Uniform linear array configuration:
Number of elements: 8
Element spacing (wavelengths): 0.5
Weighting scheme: blackman
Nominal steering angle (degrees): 0
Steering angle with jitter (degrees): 1.42
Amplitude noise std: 0.05
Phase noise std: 0.05

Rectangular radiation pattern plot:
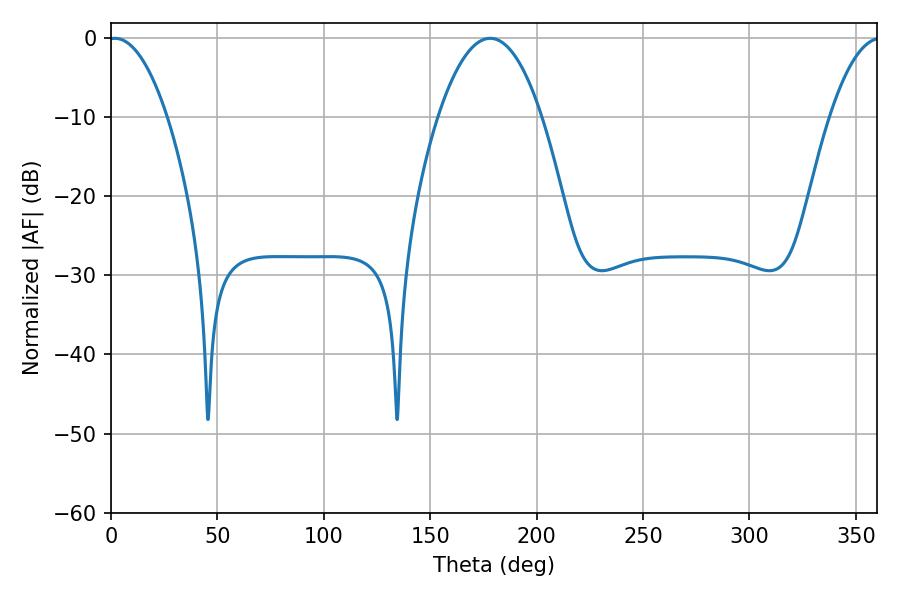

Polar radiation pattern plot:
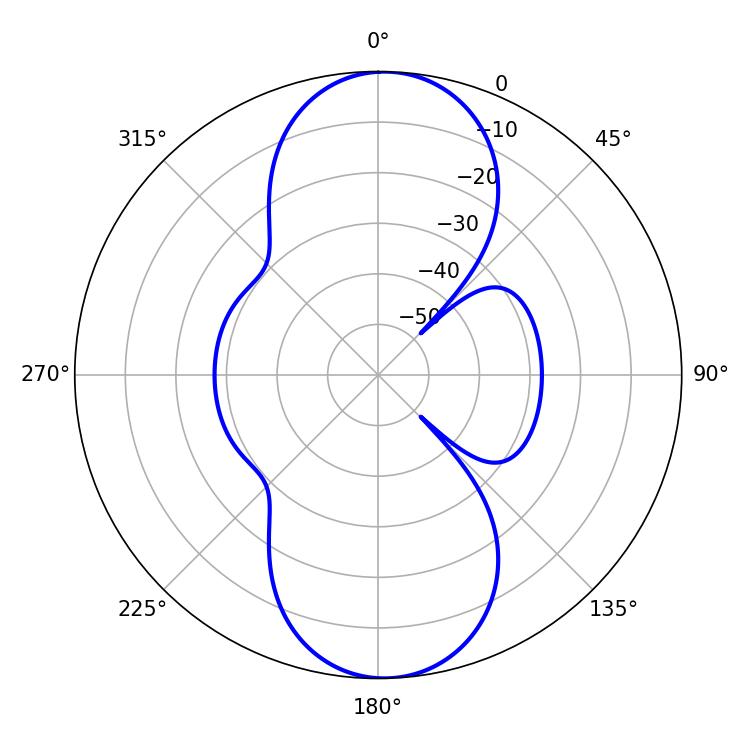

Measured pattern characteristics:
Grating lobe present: FALSE
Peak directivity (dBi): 17.948
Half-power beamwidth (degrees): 15.3
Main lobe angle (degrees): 1.8